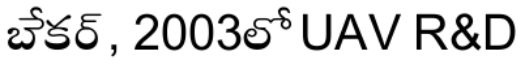
బేకర్, 2003లో UAV R&D